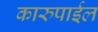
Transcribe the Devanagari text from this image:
कारुपाईल